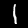
Label: 1